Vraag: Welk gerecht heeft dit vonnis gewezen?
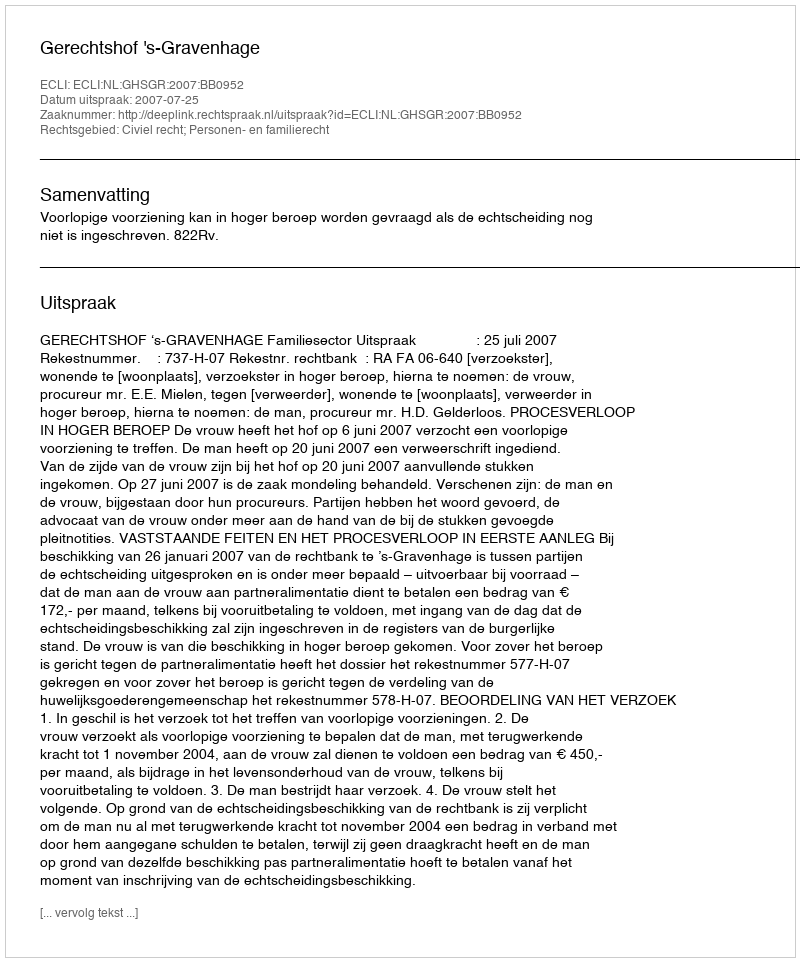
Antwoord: Gerechtshof 's-Gravenhage